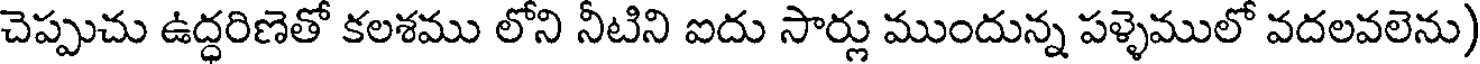
చెప్పుచు ఉద్ధరిణెతో కలశము లోని నీటిని ఐదు సార్లు ముందున్న పళ్ళెములో వదలవలెను)